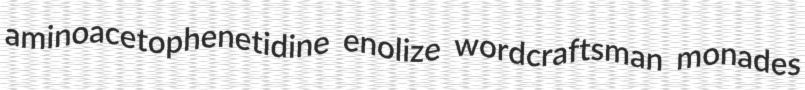
aminoacetophenetidine enolize wordcraftsman monades